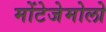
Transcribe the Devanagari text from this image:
मोंटेजेमोलो